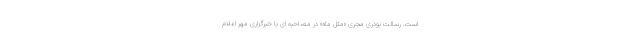
است. رسالت بوذری مجری «مثل ماه» در مصاحبه ای با خبرگزاری مهر اعلام